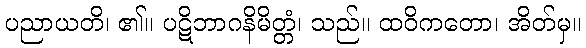
ပညာယတိ၊ ၏။ ပဋိဘာဂနိမိတ္တံ၊ သည်။ ထဝိကတော၊ အိတ်မှ။